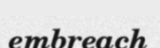
embreach